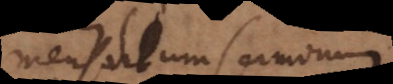
mensalium sermonum.